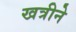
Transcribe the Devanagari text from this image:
खत्रीने